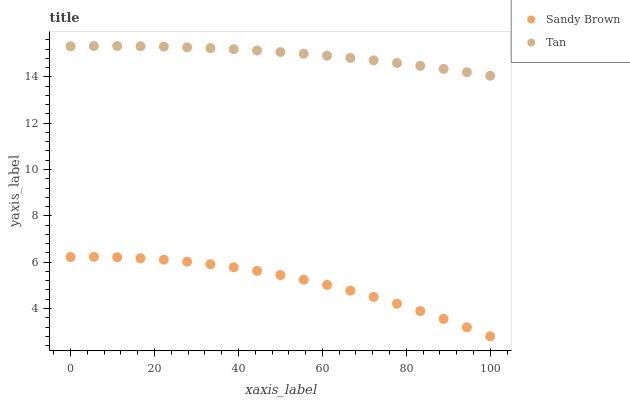
| xaxis_label | Sandy Brown | Tan |
 | --- | --- | --- |
 | 0 | 6.22 | 15.3 |
 | 5.56 | 6.23 | 15.3 |
 | 11.1 | 6.21 | 15.3 |
 | 16.7 | 6.17 | 15.3 |
 | 22.2 | 6.11 | 15.3 |
 | 27.8 | 6.02 | 15.3 |
 | 33.3 | 5.91 | 15.2 |
 | 38.9 | 5.78 | 15.2 |
 | 44.4 | 5.62 | 15.1 |
 | 50 | 5.45 | 15.1 |
 | 55.6 | 5.24 | 15 |
 | 61.1 | 5.02 | 14.9 |
 | 66.7 | 4.77 | 14.8 |
 | 72.2 | 4.5 | 14.7 |
 | 77.8 | 4.21 | 14.6 |
 | 83.3 | 3.89 | 14.5 |
 | 88.9 | 3.55 | 14.3 |
 | 94.4 | 3.19 | 14.2 |
 | 100 | 2.8 | 14 |